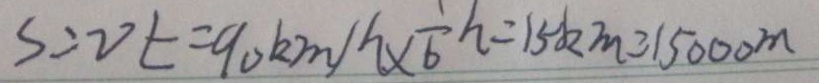
S = v t = 9 0 k m / \frac { 1 } { 6 } h = 1 5 k m = 1 5 0 0 0 m